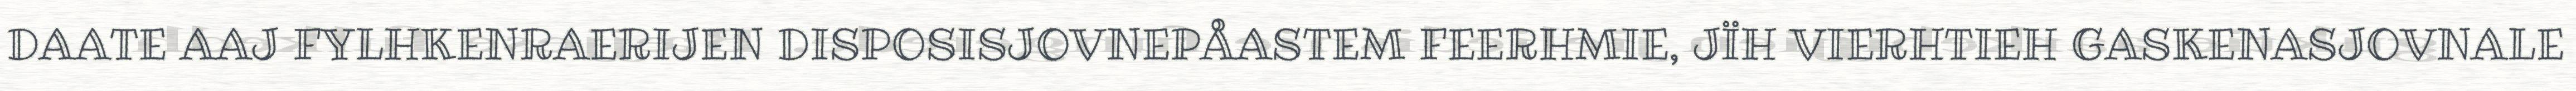
DAATE AAJ FYLHKENRAERIJEN DISPOSISJOVNEPÅASTEM FEERHMIE, JÏH VIERHTIEH GASKENASJOVNALE